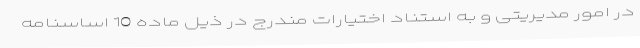
در امور مدیریتی و به استناد اختیارات مندرج در ذیل ماده 10 اساسنامه